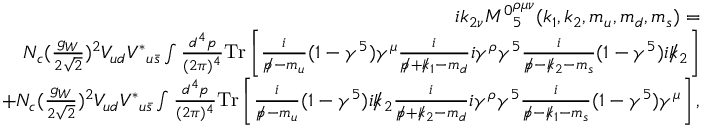
\begin{array} { r l r } & { } & { i k _ { 2 \nu } { M ^ { 0 } } _ { 5 } ^ { \rho \mu \nu } ( k _ { 1 } , k _ { 2 } , m _ { u } , m _ { d } , m _ { s } ) = } \\ & { } & { N _ { c } ( \frac { g _ { W } } { 2 \sqrt { 2 } } ) ^ { 2 } V _ { u d } { V ^ { \ast } } _ { u \bar { s } } \int \frac { d ^ { 4 } p } { ( 2 \pi ) ^ { 4 } } \mathrm { { T r } } \left[ \frac { i } { p \! \! \! / - m _ { u } } ( 1 - \gamma ^ { 5 } ) \gamma ^ { \mu } \frac { i } { p \! \! \! / + k \! \! \! / _ { 1 } - m _ { d } } i \gamma ^ { \rho } \gamma ^ { 5 } \frac { i } { p \! \! \! / - k \! \! \! / _ { 2 } - m _ { s } } ( 1 - \gamma ^ { 5 } ) i k \! \! \! / _ { 2 } \right] } \\ & { } & { + N _ { c } ( \frac { g _ { W } } { 2 \sqrt { 2 } } ) ^ { 2 } V _ { u d } { V ^ { \ast } } _ { u \bar { s } } \int \frac { d ^ { 4 } p } { ( 2 \pi ) ^ { 4 } } { \mathrm { T r } } \left[ \frac { i } { p \! \! \! / - m _ { u } } ( 1 - \gamma ^ { 5 } ) i k \! \! \! / _ { 2 } \frac { i } { p \! \! \! / + k \! \! \! / _ { 2 } - m _ { d } } i \gamma ^ { \rho } \gamma ^ { 5 } \frac { i } { p \! \! \! / - k \! \! \! / _ { 1 } - m _ { s } } ( 1 - \gamma ^ { 5 } ) \gamma ^ { \mu } \right] , } \end{array}